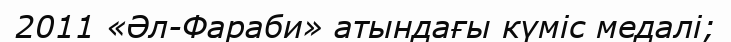
2011 «Әл-Фараби» атындағы күміс медалі;